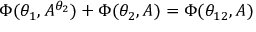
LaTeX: \Phi ( \theta _ { 1 } , A ^ { \theta _ { 2 } } ) + \Phi ( \theta _ { 2 } , A ) = \Phi ( \theta _ { 1 2 } , A )